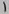
Text: 1